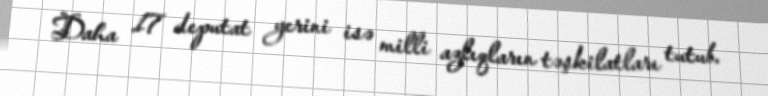
Daha 17 deputat yerini isə milli azlıqların təşkilatları tutub.